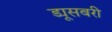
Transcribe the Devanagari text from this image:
ड्यूसबरी